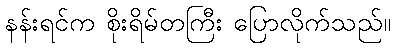
နန်းရင်က စိုးရိမ်တကြီး ပြောလိုက်သည်။